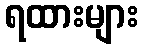
ရထားများ